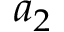
a _ { 2 }